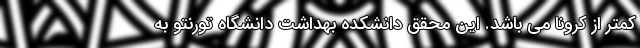
کمتر از کرونا می باشد. این محقق دانشکده بهداشت دانشگاه تورنتو به